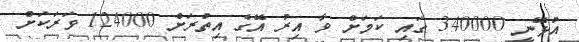
އުޅޭނީ 340000 ގައި ކަމަށް ވާ އިރު އޭގެ އިތުރަށް 124000 ވަރަކަށް